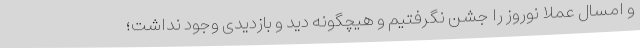
و امسال عملا نوروز را جشن نگرفتیم و هیچگونه دید و بازدیدی وجود نداشت؛